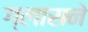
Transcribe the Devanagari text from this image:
ग्लासने